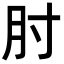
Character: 肘